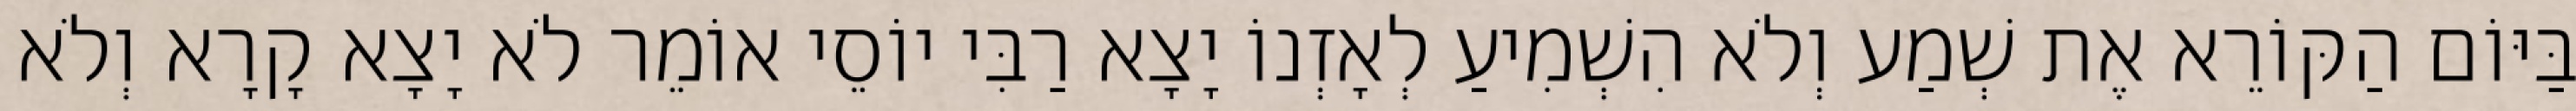
בַּיּוֹם הַקּוֹרֵא אֶת שְׁמַע וְלֹא הִשְׁמִיעַ לְאָזְנוֹ יָצָא רַבִּי יוֹסֵי אוֹמֵר לֹא יָצָא קָרָא וְלֹא